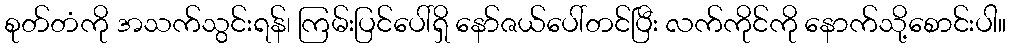
စုတ်တံကို အသက်သွင်းရန်၊ ကြမ်းပြင်ပေါ်ရှိ နော်ဇယ်ပေါ်တင်ပြီး လက်ကိုင်ကို နောက်သို့စောင်းပါ။